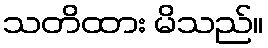
သတိထား မိသည်။